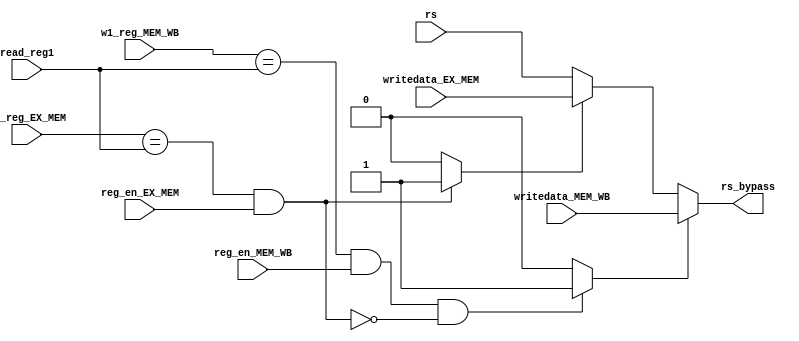
module for_unit2(read_reg1,rs,w1_reg_EX_MEM,reg_en_EX_MEM,writedata_EX_MEM,
				w1_reg_MEM_WB,reg_en_MEM_WB,writedata_MEM_WB,rs_bypass);
input [2:0]read_reg1;
input [15:0]rs;
input [2:0]w1_reg_EX_MEM;
input reg_en_EX_MEM;
input [15:0]writedata_EX_MEM;
input [2:0]w1_reg_MEM_WB;
input reg_en_MEM_WB;
input [15:0]writedata_MEM_WB;
output [15:0]rs_bypass;

wire rsbypassWB, rsbypassMEM;

//rs_bypass from WB;
assign rsbypassWB=(w1_reg_MEM_WB==read_reg1 &reg_en_MEM_WB & ~(w1_reg_EX_MEM==read_reg1 & reg_en_EX_MEM))?1:0;

//rs_bypass from MEM;
assign rsbypassMEM=(w1_reg_EX_MEM==read_reg1& reg_en_EX_MEM)?1:0;

assign rs_bypass=(rsbypassWB)?writedata_MEM_WB:(rsbypassMEM)?writedata_EX_MEM:rs;

endmodule